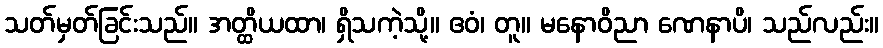
သတ်မှတ်ခြင်းသည်။ အတ္ထိယထာ၊ ရှိသကဲ့သို့။ ဧဝံ၊ တူ။ မနောဝိညာ ဏေနာပိ၊ သည်လည်း။